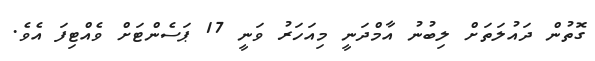
ގޮތުން ދައުލަތަށް ލިބުނު އާމްދަނީ މިއަހަރު ވަނީ 17 ޕަސެންޓަށް ވެއްޓިފަ އެވެ.